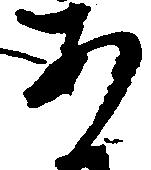
あ